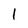
Character: l